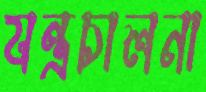
যন্ত্রচালনা